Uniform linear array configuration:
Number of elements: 16
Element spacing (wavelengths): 0.25
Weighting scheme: uniform
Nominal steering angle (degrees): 0
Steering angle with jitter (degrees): -1.853
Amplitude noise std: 0.05
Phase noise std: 0.05

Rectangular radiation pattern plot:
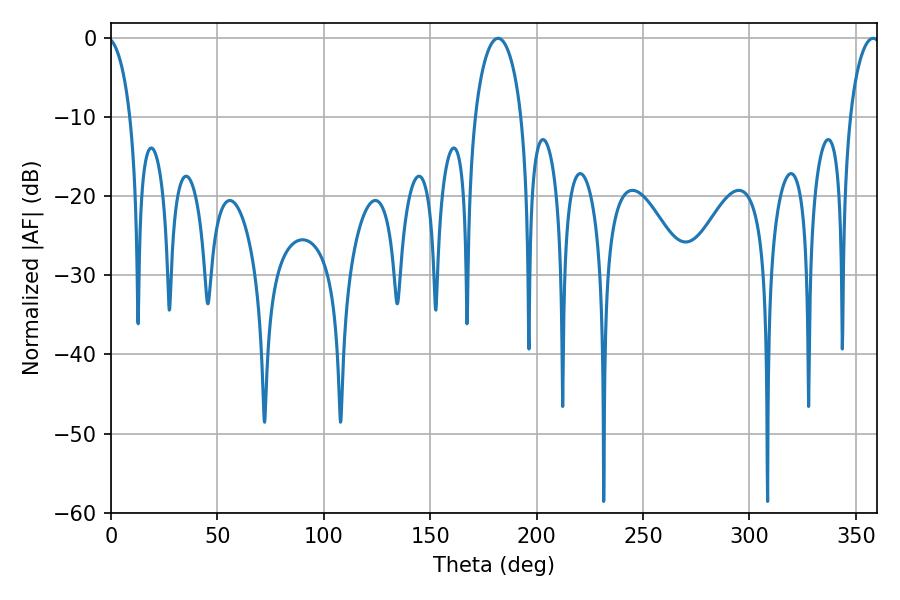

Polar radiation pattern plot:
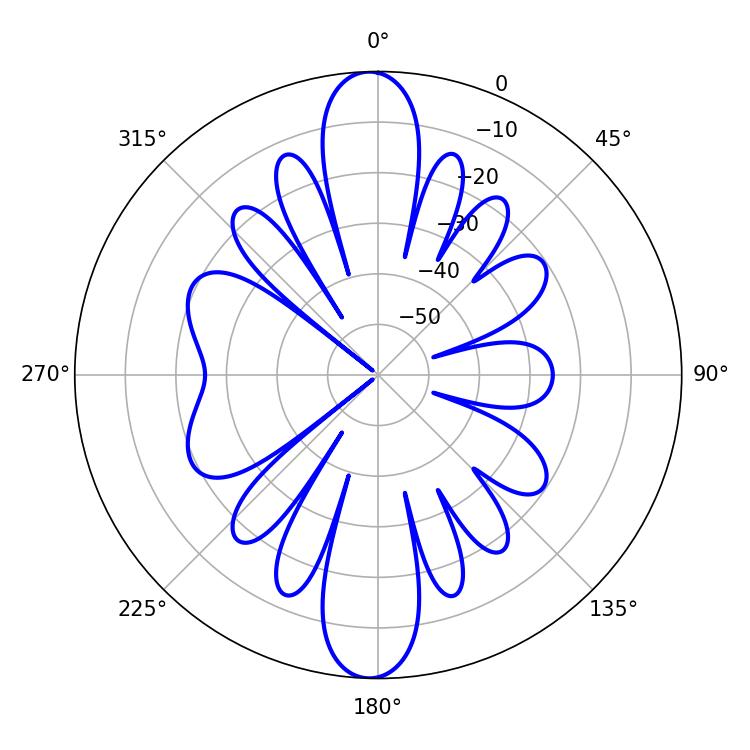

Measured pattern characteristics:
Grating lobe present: FALSE
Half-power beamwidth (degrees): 12.42
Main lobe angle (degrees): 181.8